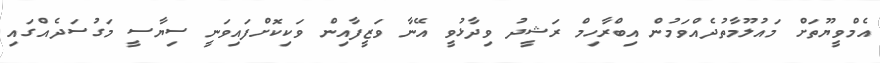
އެމްވީޔޫތަށް މައުލޫމާތުދެއްވަމުން އިބްރާހިމް ރަޝީދު ވިދާޅުވީ އޭނާ ވަޒީފާއިން ވަކިކޮށްފައިވަނީ ސިޔާސީ މަގުސަދެއްގައި